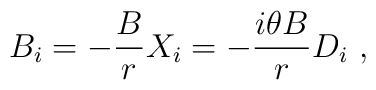
B_i = -\frac{B}{r} X_i = - \frac{i\theta B}{r} D_i~,\nonumber